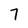
Character: 7